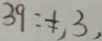
3 9 : \neq , 3 ,